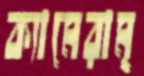
ক্যামেরাম্